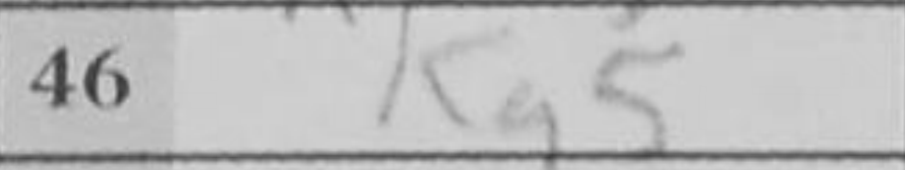
Transcription: Kg5